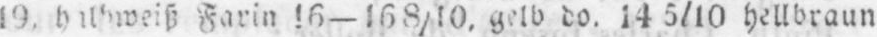
Farin 16- 16 8/10 gelb do. 14 5/10 hellbraun